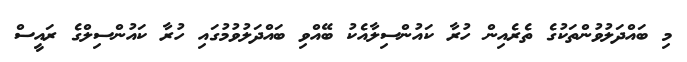
މި ބައްދަލުވުންތަކުގެ ތެރެއިން ހުރާ ކައުންސިލާއެކު ބޭއްވި ބައްދަލުވުމުގައި ހުރާ ކައުންސިލްގެ ރައީސް